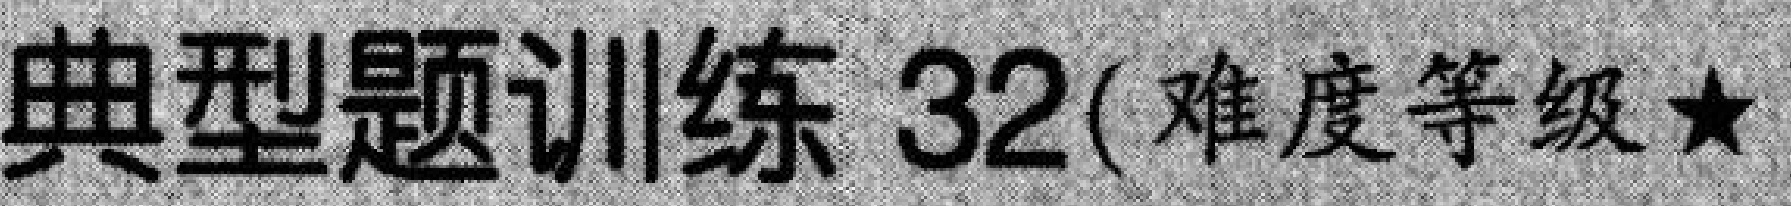
典型题训练 \(32\)(难度等级\(★\)